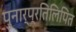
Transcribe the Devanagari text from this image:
पुनार्प्रतिलिपित